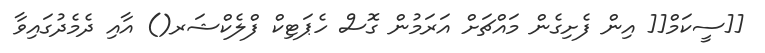
[[ސީކަމް[[ އިން ފެށިގެން މައްޗަށް އަރަމުން ގޮސް ހެޕަޓިކް ފްލެކްޝަރ() އާއި ދެމެދުގައިވާ